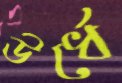
ঊর্ধে